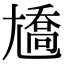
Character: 𡰑